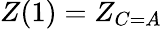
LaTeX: Z(1)=Z_{C=A}